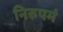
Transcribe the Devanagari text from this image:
निरुपमं